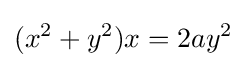
(x^{2}+y^{2})x=2ay^{2}